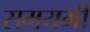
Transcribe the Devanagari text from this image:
समयभी